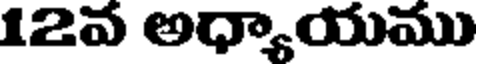
12వ అధ్యాయము